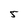
Character: 5